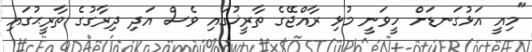
"މިއީ އަޅުގަނޑަށް ހީވަނީ މުޅި ރާއްޖޭގެ ތާރީޚުގައި ވެސް އަދި ދިރާގުގެ ތާރީޙުގައި